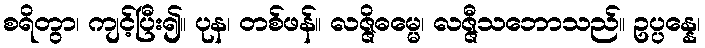
စရိတွာ၊ ကျင့်ပြီး၍။ ပုန၊ တစ်ဖန်။ လဇ္ဇိဓမ္မေ၊ လဇ္ဇီသဘောသည်။ ဥပ္ပန္နေ၊